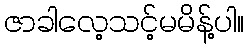
ဇာခါလေ့သင့်မမိန့်ပါ။